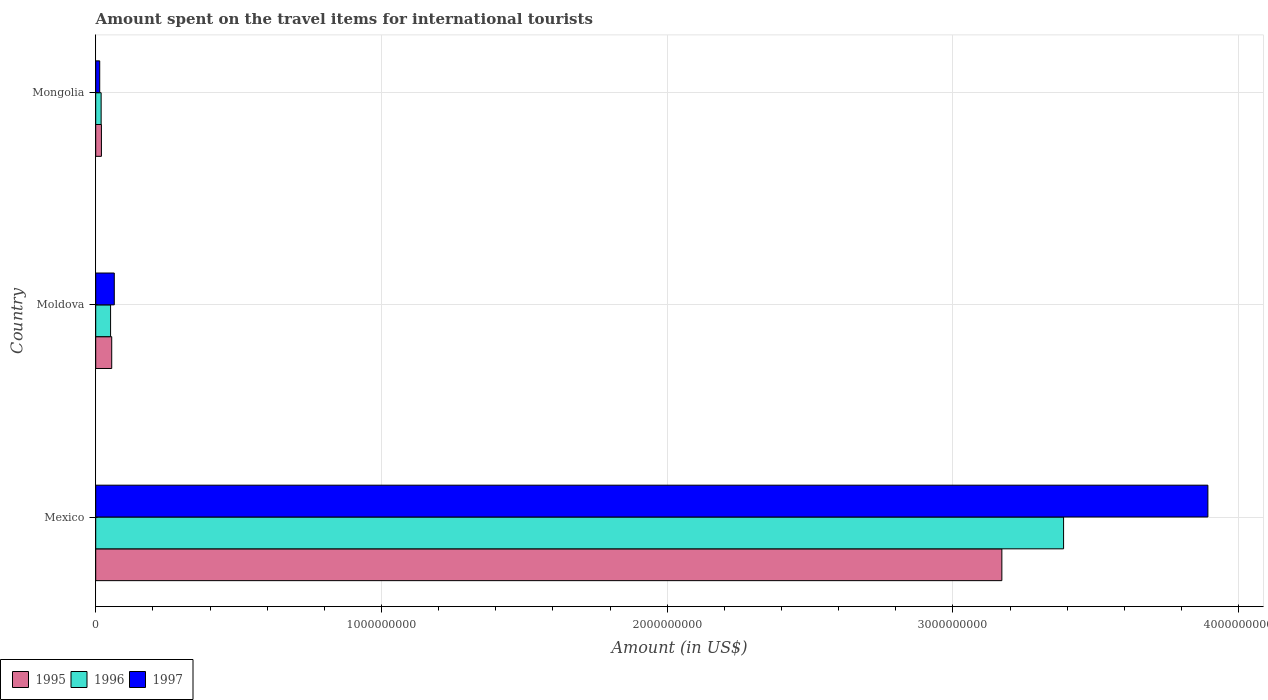
| Country | 1995 | 1996 | 1997 |
 | --- | --- | --- | --- |
 | Mexico | 3.17e+09 | 3.39e+09 | 3.89e+09 |
 | Moldova | 5.6e+07 | 5.2e+07 | 6.5e+07 |
 | Mongolia | 2e+07 | 1.9e+07 | 1.4e+07 |